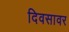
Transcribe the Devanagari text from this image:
दिवसावर